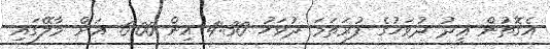
އެގޮތުން ޢީދު ދުވަހުގެ ފުރަތަމަ ދުވަހު 4:30 އިން 6:00 އަށް މާލޭގައި